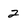
Character: 2